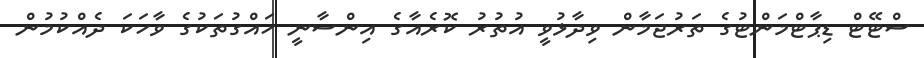
ސްޓޭޓް ޑިޕާޓްމަންޓުގެ ތަރުޖަމާން ވިދާޅުވީ އުތުރު ކޮރެއާގެ އިންސާނީ ހައްގުތަކުގެ ވާހަކަ ދެއްކުމުން